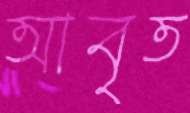
আবৃত